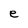
Character: e